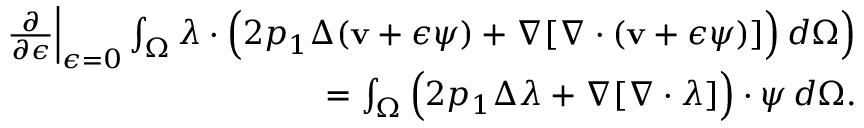
\begin{array} { r l r } & { } & { \frac { \partial } { \partial \epsilon } \Big \rvert _ { \epsilon = 0 } \int _ { \Omega } \boldsymbol { \lambda } \cdot \Big ( 2 p _ { 1 } \Delta ( \mathbf { v } + \epsilon \boldsymbol { \psi } ) + \nabla [ \nabla \cdot ( \mathbf { v } + \epsilon \boldsymbol { \psi } ) ] \Big ) \, d \Omega \Big ) } \\ & { } & { = \int _ { \Omega } \Big ( 2 p _ { 1 } \Delta \boldsymbol { \lambda } + \nabla [ \nabla \cdot \boldsymbol { \lambda } ] \Big ) \cdot \boldsymbol { \psi } \, d \Omega . } \end{array}